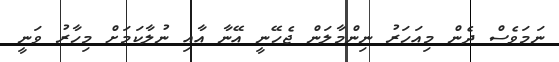
ނަމަވެސް ދެން މިއަހަރު ނިންމާލަން ޖެހޭނީ އޭނާ އާއި ނުލާކަމަށް މިހާރު ވަނީ